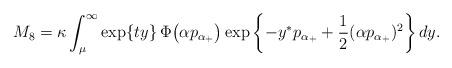
LaTeX: \begin{align*}M_{8} = \kappa \int_{\mu}^{\infty} \exp\{ty\} \,\Phi\big( \alpha p_{\alpha_{+}} \big)\exp\left\{ -y^{\ast} p_{\alpha_{+}} +\frac{1}{2}(\alpha p_{\alpha_{+}} )^{2} \right\} dy. \end{align*}